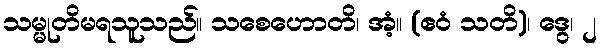
သမ္မုတိမရသူသည်။ သစေဟောတိ၊ အံ့။ (ဧဝံ သတိ)၊ ဒွေ၊ ၂